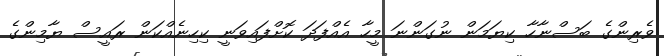
ވެރިންގެ ބަސްނާހާ ކިޔަމަން ނުގަންނަ މީހާ އެއްފަދަ ކޮށްފައިވަނީ ކިހިނެއްކަން ރައީސް ޔާމިންގެ